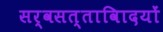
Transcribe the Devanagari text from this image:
सर्वसत्तावािदयों